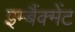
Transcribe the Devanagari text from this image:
इम्बैंक्मेंट